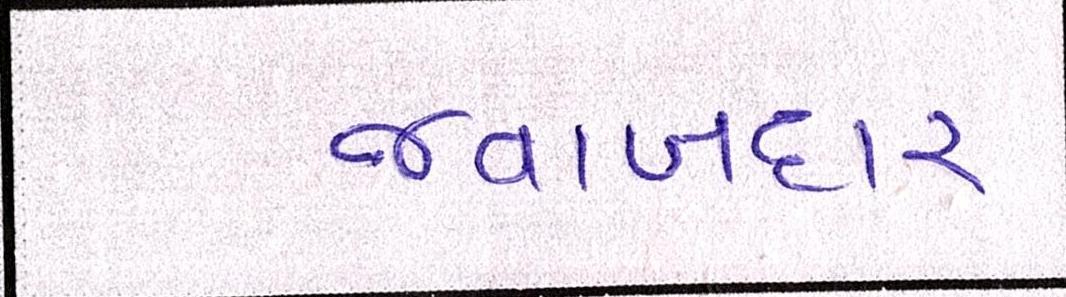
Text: જવાબદાર